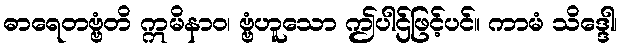
ဓာရေတဗ္ဗံတိ ဣမိနာဝ၊ ဗ္ဗံဟူသော ဤပါဌ်ဖြင့်ပင်။ ကာမံ သိဒ္ဒေါ၊